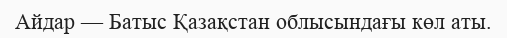
Айдар — Батыс Қазақстан облысындағы көл аты.